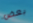
بعض